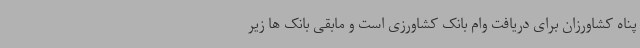
پناه کشاورزان برای دریافت وام بانک کشاورزی است و مابقی بانک ها زیر